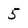
Character: 5